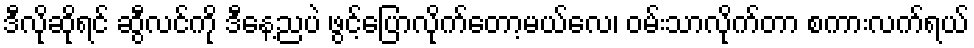
ဒီလိုဆိုရင် ဆွီလင်ကို ဒီနေ့ညပဲ ဖွင့်ပြောလိုက်တော့မယ်လေ၊ ဝမ်းသာလိုက်တာ စကားလက်ရယ်